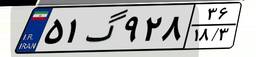
۵۱گ۹۲۸۳۶